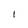
Character: l